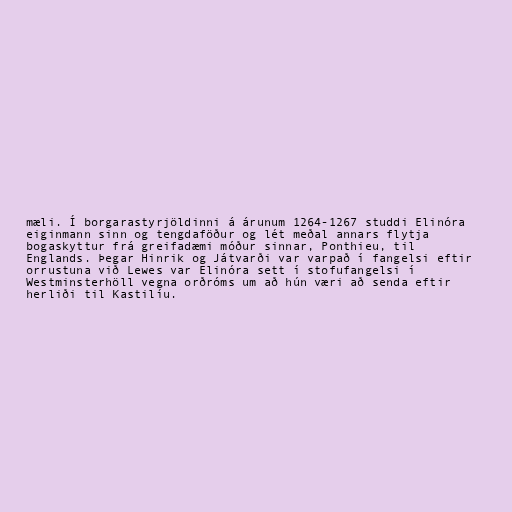
mæli. Í borgarastyrjöldinni á árunum 1264-1267 studdi Elinóra
eiginmann sinn og tengdaföður og lét meðal annars flytja
bogaskyttur frá greifadæmi móður sinnar, Ponthieu, til
Englands. Þegar Hinrik og Játvarði var varpað í fangelsi eftir
orrustuna við Lewes var Elinóra sett í stofufangelsi í
Westminsterhöll vegna orðróms um að hún væri að senda eftir
herliði til Kastilíu.